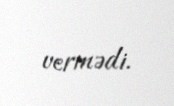
vermədi.